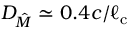
D _ { \hat { M } } \simeq 0 . 4 c / \ell _ { \mathrm { c } }